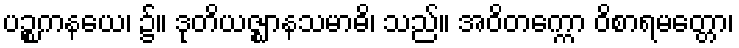
ပဉ္စကနယေ၊ ၌။ ဒုတိယဇ္ဈာနသမာဓိ၊ သည်။ အဝိတက္ကော ဝိစာရမတ္တော၊